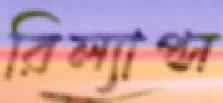
রিল্যাপ্স